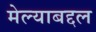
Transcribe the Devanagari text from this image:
मेल्याबद्दल